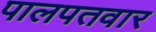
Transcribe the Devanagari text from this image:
पालपतवार